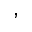
,